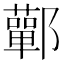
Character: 鄿